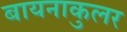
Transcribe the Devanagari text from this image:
बायनाकुलर